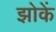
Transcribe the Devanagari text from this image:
झोकें